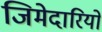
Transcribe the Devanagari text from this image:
जिमेदारियों